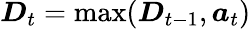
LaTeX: \boldsymbol{D}_{t}=\operatorname*{max}(\boldsymbol{D}_{t-1},\boldsymbol{a}_{t})